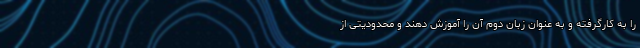
را به کارگرفته و به عنوان زبان دوم آن را آموزش دهند و محدودیتی از